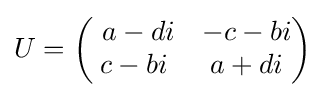
U={\begin{pmatrix}\ a-di&-c-bi\\c-bi&a+di\end{pmatrix}}